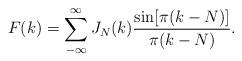
LaTeX: \begin{align*}F(k)= \sum_{-\infty}^{\infty}J_N(k)\frac{\sin [\pi (k-N)]}{\pi (k-N)}.\end{align*}